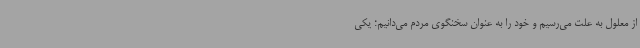
از معلول به علت می‌رسیم و خود را به عنوان سخنگوی مردم می‌دانیم؛ یکی